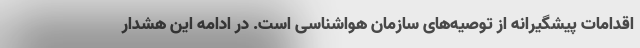
اقدامات پیشگیرانه از توصیه‌های سازمان هواشناسی است. در ادامه این هشدار